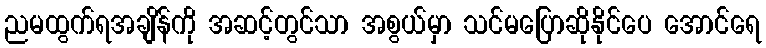
ညမထွက်ရအချိန်ကို အဆင့်တွင်သာ အစွယ်မှာ သင်မပြောဆိုနိုင်ပေ အောင်ရေ